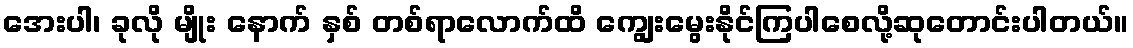
အေးပါ၊ ခုလို မျိုး နောက် နှစ် တစ်ရာလောက်ထိ ကျွေးမွေးနိုင်ကြပါစေလို့ဆုတောင်းပါတယ်။